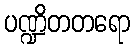
ပဏ္ဍိတတရော